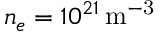
n _ { e } = 1 0 ^ { 2 1 } \ensuremath { \, \mathrm { m ^ { - 3 } } }